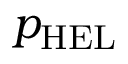
p _ { \mathrm { { H E L } } }